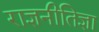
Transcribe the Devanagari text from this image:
राज्ञनीतिज्ञा